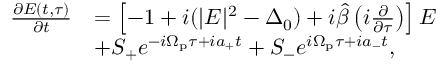
\begin{array} { r l } { \frac { \partial E ( t , \tau ) } { \partial t } } & { = \left[ - 1 + i ( | E | ^ { 2 } - \Delta _ { 0 } ) + i \hat { \beta } \left( i \frac { \partial } { \partial \tau } \right) \right] E } \\ & { + S _ { + } e ^ { - i \Omega _ { \mathrm { p } } \tau + i a _ { + } t } + S _ { - } e ^ { i \Omega _ { \mathrm { p } } \tau + i a _ { - } t } , } \end{array}